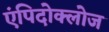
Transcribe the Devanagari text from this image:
एंपिदोक्लोज